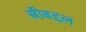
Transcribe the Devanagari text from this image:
स्रीबद्दल